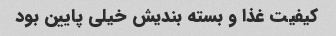
کیفیت غذا و بسته بندیش خیلی پایین بود